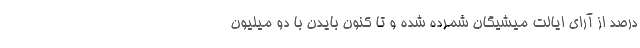
درصد از آرای ایالت میشیگان شمرده شده و تا کنون بایدن با دو میلیون